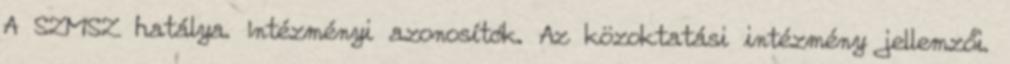
A SZMSZ hatálya. Intézményi azonosítók. Az közoktatási intézmény jellemzői.